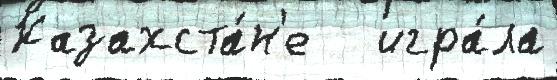
Казахста́н'е   игра́ла